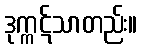
ဒုက္ကဋ်သာတည်း။